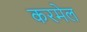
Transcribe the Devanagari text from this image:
करमेल